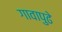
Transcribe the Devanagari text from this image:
गावापुढे